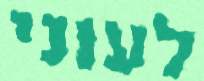
לעוני